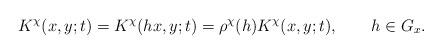
LaTeX: \begin{align*}K^\chi(x,y;t)= K^\chi(hx,y;t)= \rho^\chi(h) K^\chi (x,y;t),\qquad h \in G_x.\end{align*}